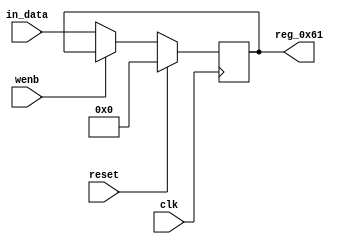
module r_TX_BUF_OBJ4_BYTE_1(output reg [7:0] reg_0x61, input wire reset, input wire wenb, input wire [7:0] in_data, input wire clk);
	always@(posedge clk)
	begin
		if(reset==0) begin
			if(wenb==0)
				reg_0x61<=in_data;
			else
				reg_0x61<=reg_0x61;
		end
		else
			reg_0x61<=8'h00;
	end
endmodule